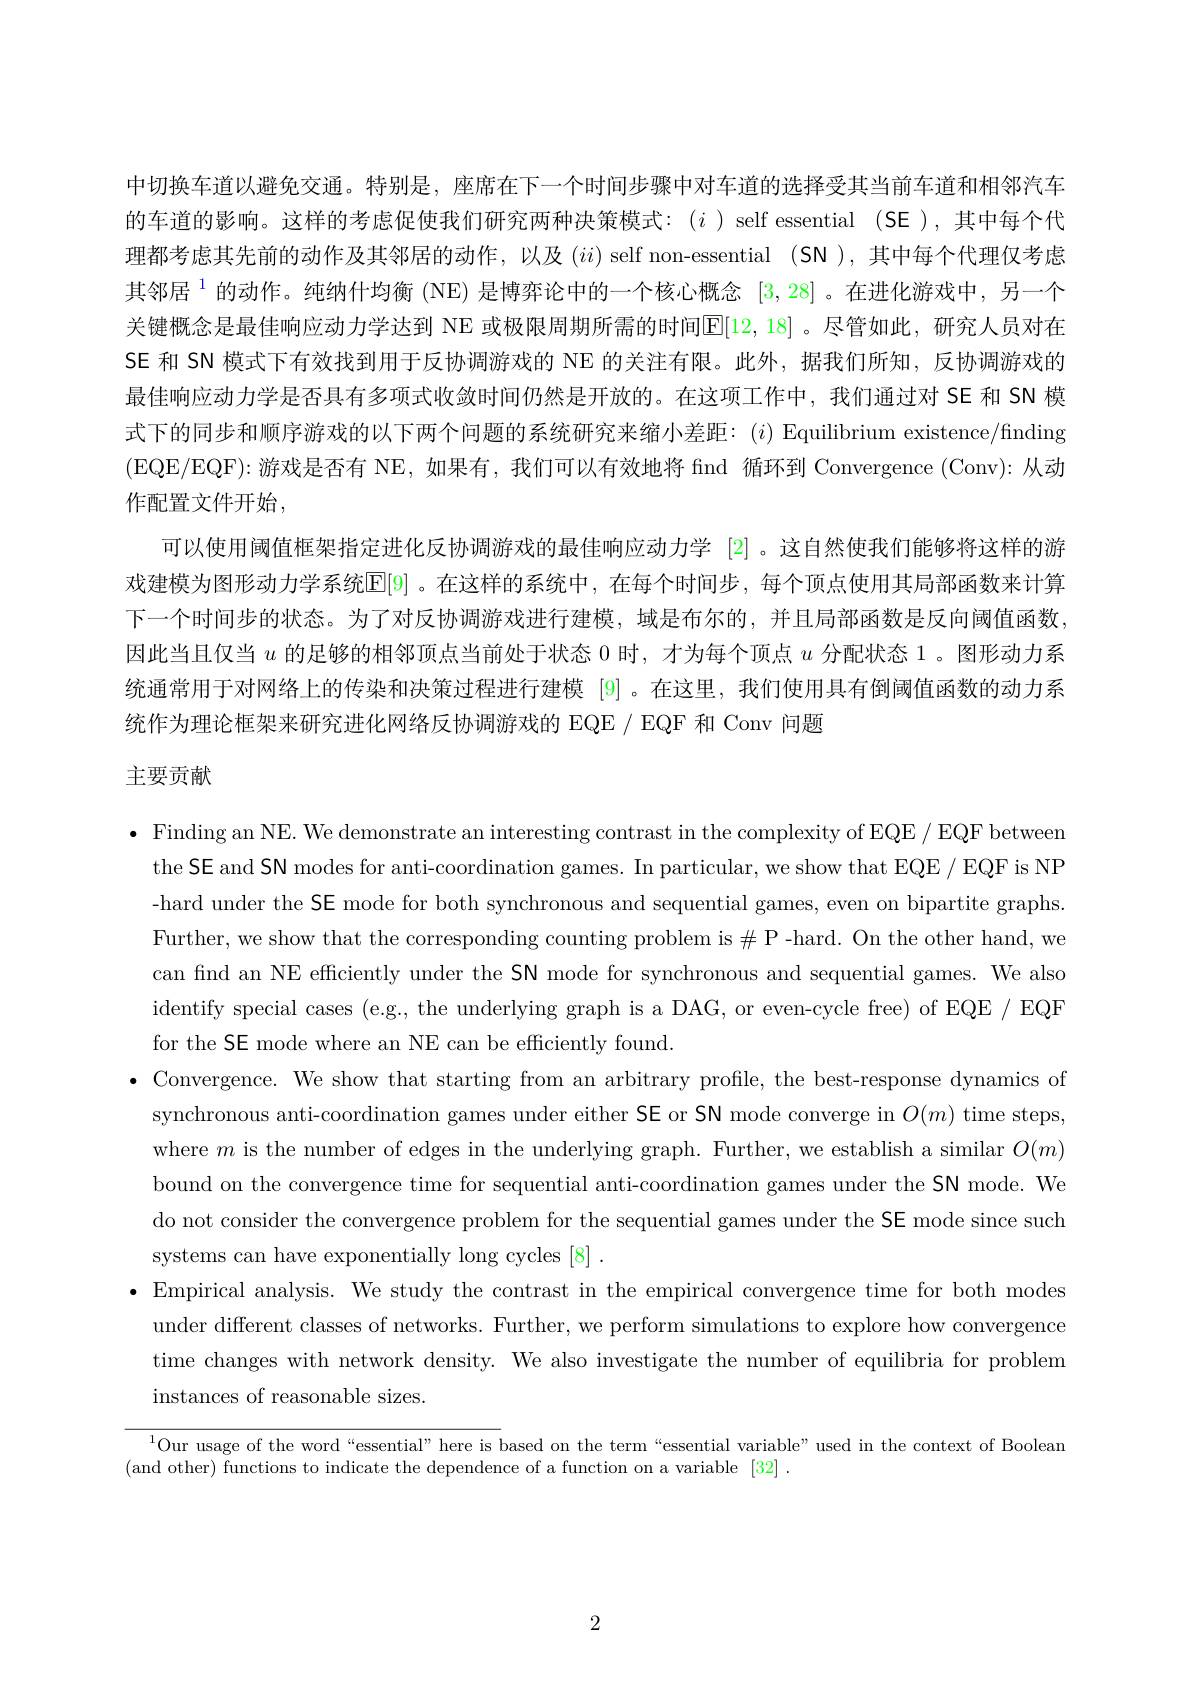
中切换车道以避免交通。特别是，座席在下一个时间步骤中对车道的选择受其当前车道和相邻汽车的车道的影响。这样的考虑促使我们研究两种决策模式：($i$)self essential (SE),其中每个代理都考虑其先前的动作及其邻居的动作，以及$(ii)$ self non-essential (SN ),其中每个代理仅考虑其邻居$^{1}$的动作。纯纳什均衡 (NE)是博弈论中的一个核心概念 [3,28] 。在进化游戏中，另一个关键概念是最佳响应动力学达到 NE 或极限周期所需的时间$\mathbb{E}[12,18]$ 。尽管如此，研究人员对在SE 和 SN 模式下有效找到用于反协调游戏的 NE 的关注有限。此外，据我们所知，反协调游戏的最佳响应动力学是否具有多项式收敛时间仍然是开放的。在这项工作中，我们通过对 SE 和 SN 模式下的同步和顺序游戏的以下两个问题的系统研究来缩小差距：($i)$ Equilibrium existence/finding (EQE/EQF):游戏是否有 NE,如果有，我们可以有效地将 find 循环到 Convergence (Conv):从动作配置文件开始，
可以使用阈值框架指定进化反协调游戏的最佳响应动力学 [2] 。这自然使我们能够将这样的游戏建模为图形动力学系统$\mathbb{E}[9]$ 。在这样的系统中，在每个时间步 ,每个顶点使用其局部函数来计算下一个时间步的状态。为了对反协调游戏进行建模，域是布尔的，并且局部函数是反向阈值函数因此当且仅当$u$的足够的相邻顶点当前处于状态0时，才为每个顶点$u$分配状态 1。图形动力系统通常用于对网络上的传染和决策过程进行建模 [9]。在这里，我们使用具有倒阈值函数的动力系统作为理论框架来研究进化网络反协调游戏的 EQE / EQF 和 Conv 问题

# 主要贡献

$\bullet$ Finding an NE. We demonstrate an interesting contrast in the complexity of EQE / EQF between
the SE and SN modes for anti-coordination games. In particular, we show that EQE / EQF is NP -hard under the SE mode for both synchronous and sequential games, even on bipartite graphs. Further, we show that the corresponding counting problem is $\#$P-hard. On the other hand, we can find an NE efficiently under the SN mode for synchronous and sequential games. We also identify special cases (e.g., the underlying graph is a DAG, or even-cycle free) of EQE / EQF for the SE mode where an NE can be efficiently found.
$\bullet$ Convergence. We show that starting from an arbitrary profile, the best-response dynamics of
synchronous anti-coordination games under either SE or SN mode converge in $O(m)$ time steps where $m$ is the number of edges in the underlying graph. Further, we establish a similar $O(m)$ bound on the convergence time for sequential anti-coordination games under the SN mode. We do not consider the convergence problem for the sequential games under the SE mode since such systems can have exponentially long cycles [8] .
$\bullet$ Empirical analysis. We study the contrast in the empirical convergence time for both modes
under different classes of networks. Further, we perform simulations to explore how convergence time changes with network density. We also investigate the number of equilibria for problem instances of reasonable sizes.

$^{1}$Our usage of the word“essential” here is based on the term“essential variable” used in the context of Boolean

(and other) functions to indicate the dependence of a function on a variable [32].

2